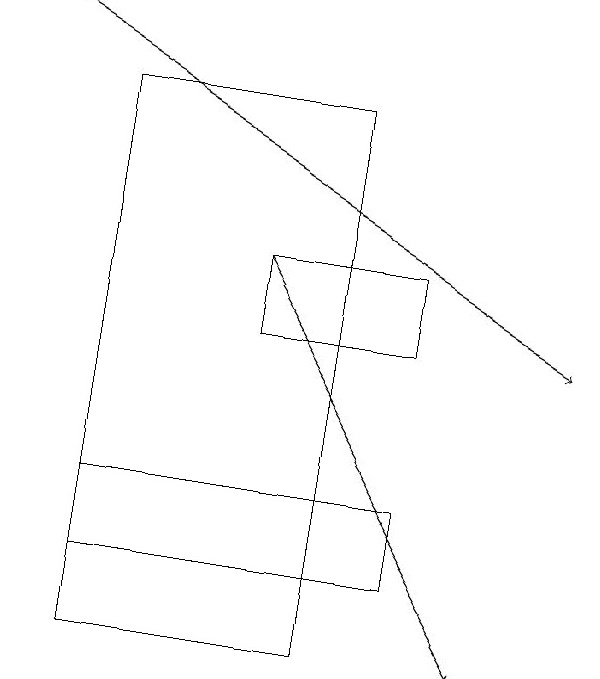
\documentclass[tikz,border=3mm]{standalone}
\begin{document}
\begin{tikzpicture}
\draw (6,15) rectangle (4,14);
\draw[->] (1,18) -- (8,14);
\draw (2,11) rectangle (6,12);
\draw[->] (4,15) -- (7,10);
\draw (5,10) rectangle (2,17);
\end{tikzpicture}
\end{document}